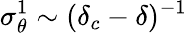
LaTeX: \sigma_{\theta}^{1}\sim(\delta_{c}-\delta)^{-1}